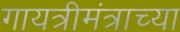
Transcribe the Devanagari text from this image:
गायत्रीमंत्राच्या